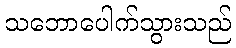
သဘောပေါက်သွားသည်